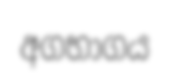
අගභාගය